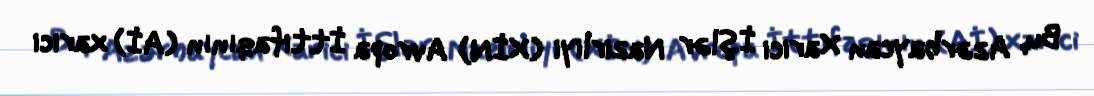
Bu, Azərbaycan Xarici İşlər Nazirliyi (XİN) Avropa İttifaqının (Aİ) xarici